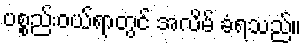
ပစ္စည်းဝယ်ရာတွင် အလိမ် ခံရသည်။